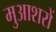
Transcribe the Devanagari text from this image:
मुआशरों